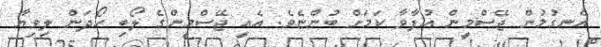
އެނގުމުން ޖޭސްމީން އުފާވާ ކަމަށް ބުންޏެވެ. އެއީ ޖޭސްމީންގެ ލޯބި ހޯދަން ލިވިޔާ